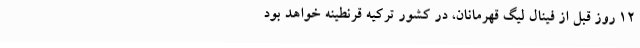
۱۲ روز قبل از فینال لیگ قهرمانان، در کشور ترکیه قرنطینه خواهد بود